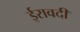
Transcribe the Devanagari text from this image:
ईरावदी